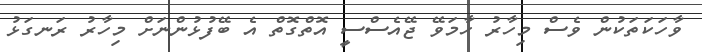
ވާހަކަތަކުން ވެސް މިހާރު ހާމަވޭ ޖޭއެސްސީ އޮތްގޮތް އެ ބޭފުޅުންނަށް މިހާރު ރަނގަޅު